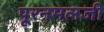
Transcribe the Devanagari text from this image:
पूरनमलजी